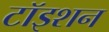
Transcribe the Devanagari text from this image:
टॉइशन